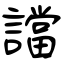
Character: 譡